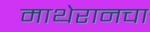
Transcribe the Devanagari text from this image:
माथेरानचा